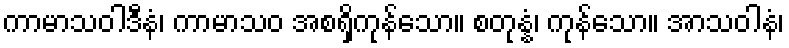
ကာမာသဝါဒီနံ၊ ကာမာသဝ အစရှိကုန်သော။ စတုန္နံ၊ ကုန်သော။ အာသဝါနံ၊